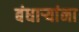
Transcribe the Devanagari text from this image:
बंधार्‍यांना